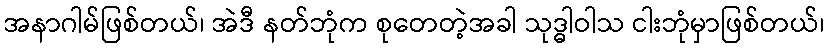
အနာဂါမ်ဖြစ်တယ်၊ အဲဒီ နတ်ဘုံက စုတေတဲ့အခါ သုဒ္ဓါဝါသ ငါးဘုံမှာဖြစ်တယ်၊